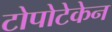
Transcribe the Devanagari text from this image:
टोपोटेकेन